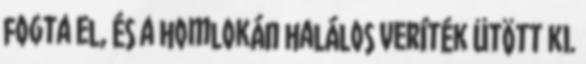
fogta el, és a homlokán halálos veríték ütött ki.